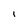
Character: I